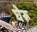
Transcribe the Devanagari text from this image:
घेरू